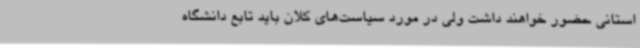
استانی حضور خواهند داشت ولی در مورد سیاست‌های کلان باید تابع دانشگاه